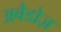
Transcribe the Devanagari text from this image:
अबैडोज़